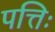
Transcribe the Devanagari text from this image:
पत्तिः